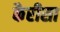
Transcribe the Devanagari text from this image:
कैरीसा